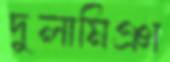
দুলামিঞা